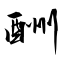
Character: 酬